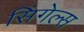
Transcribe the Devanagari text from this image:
सिंगेल्स